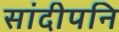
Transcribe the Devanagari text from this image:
सांदीपनि